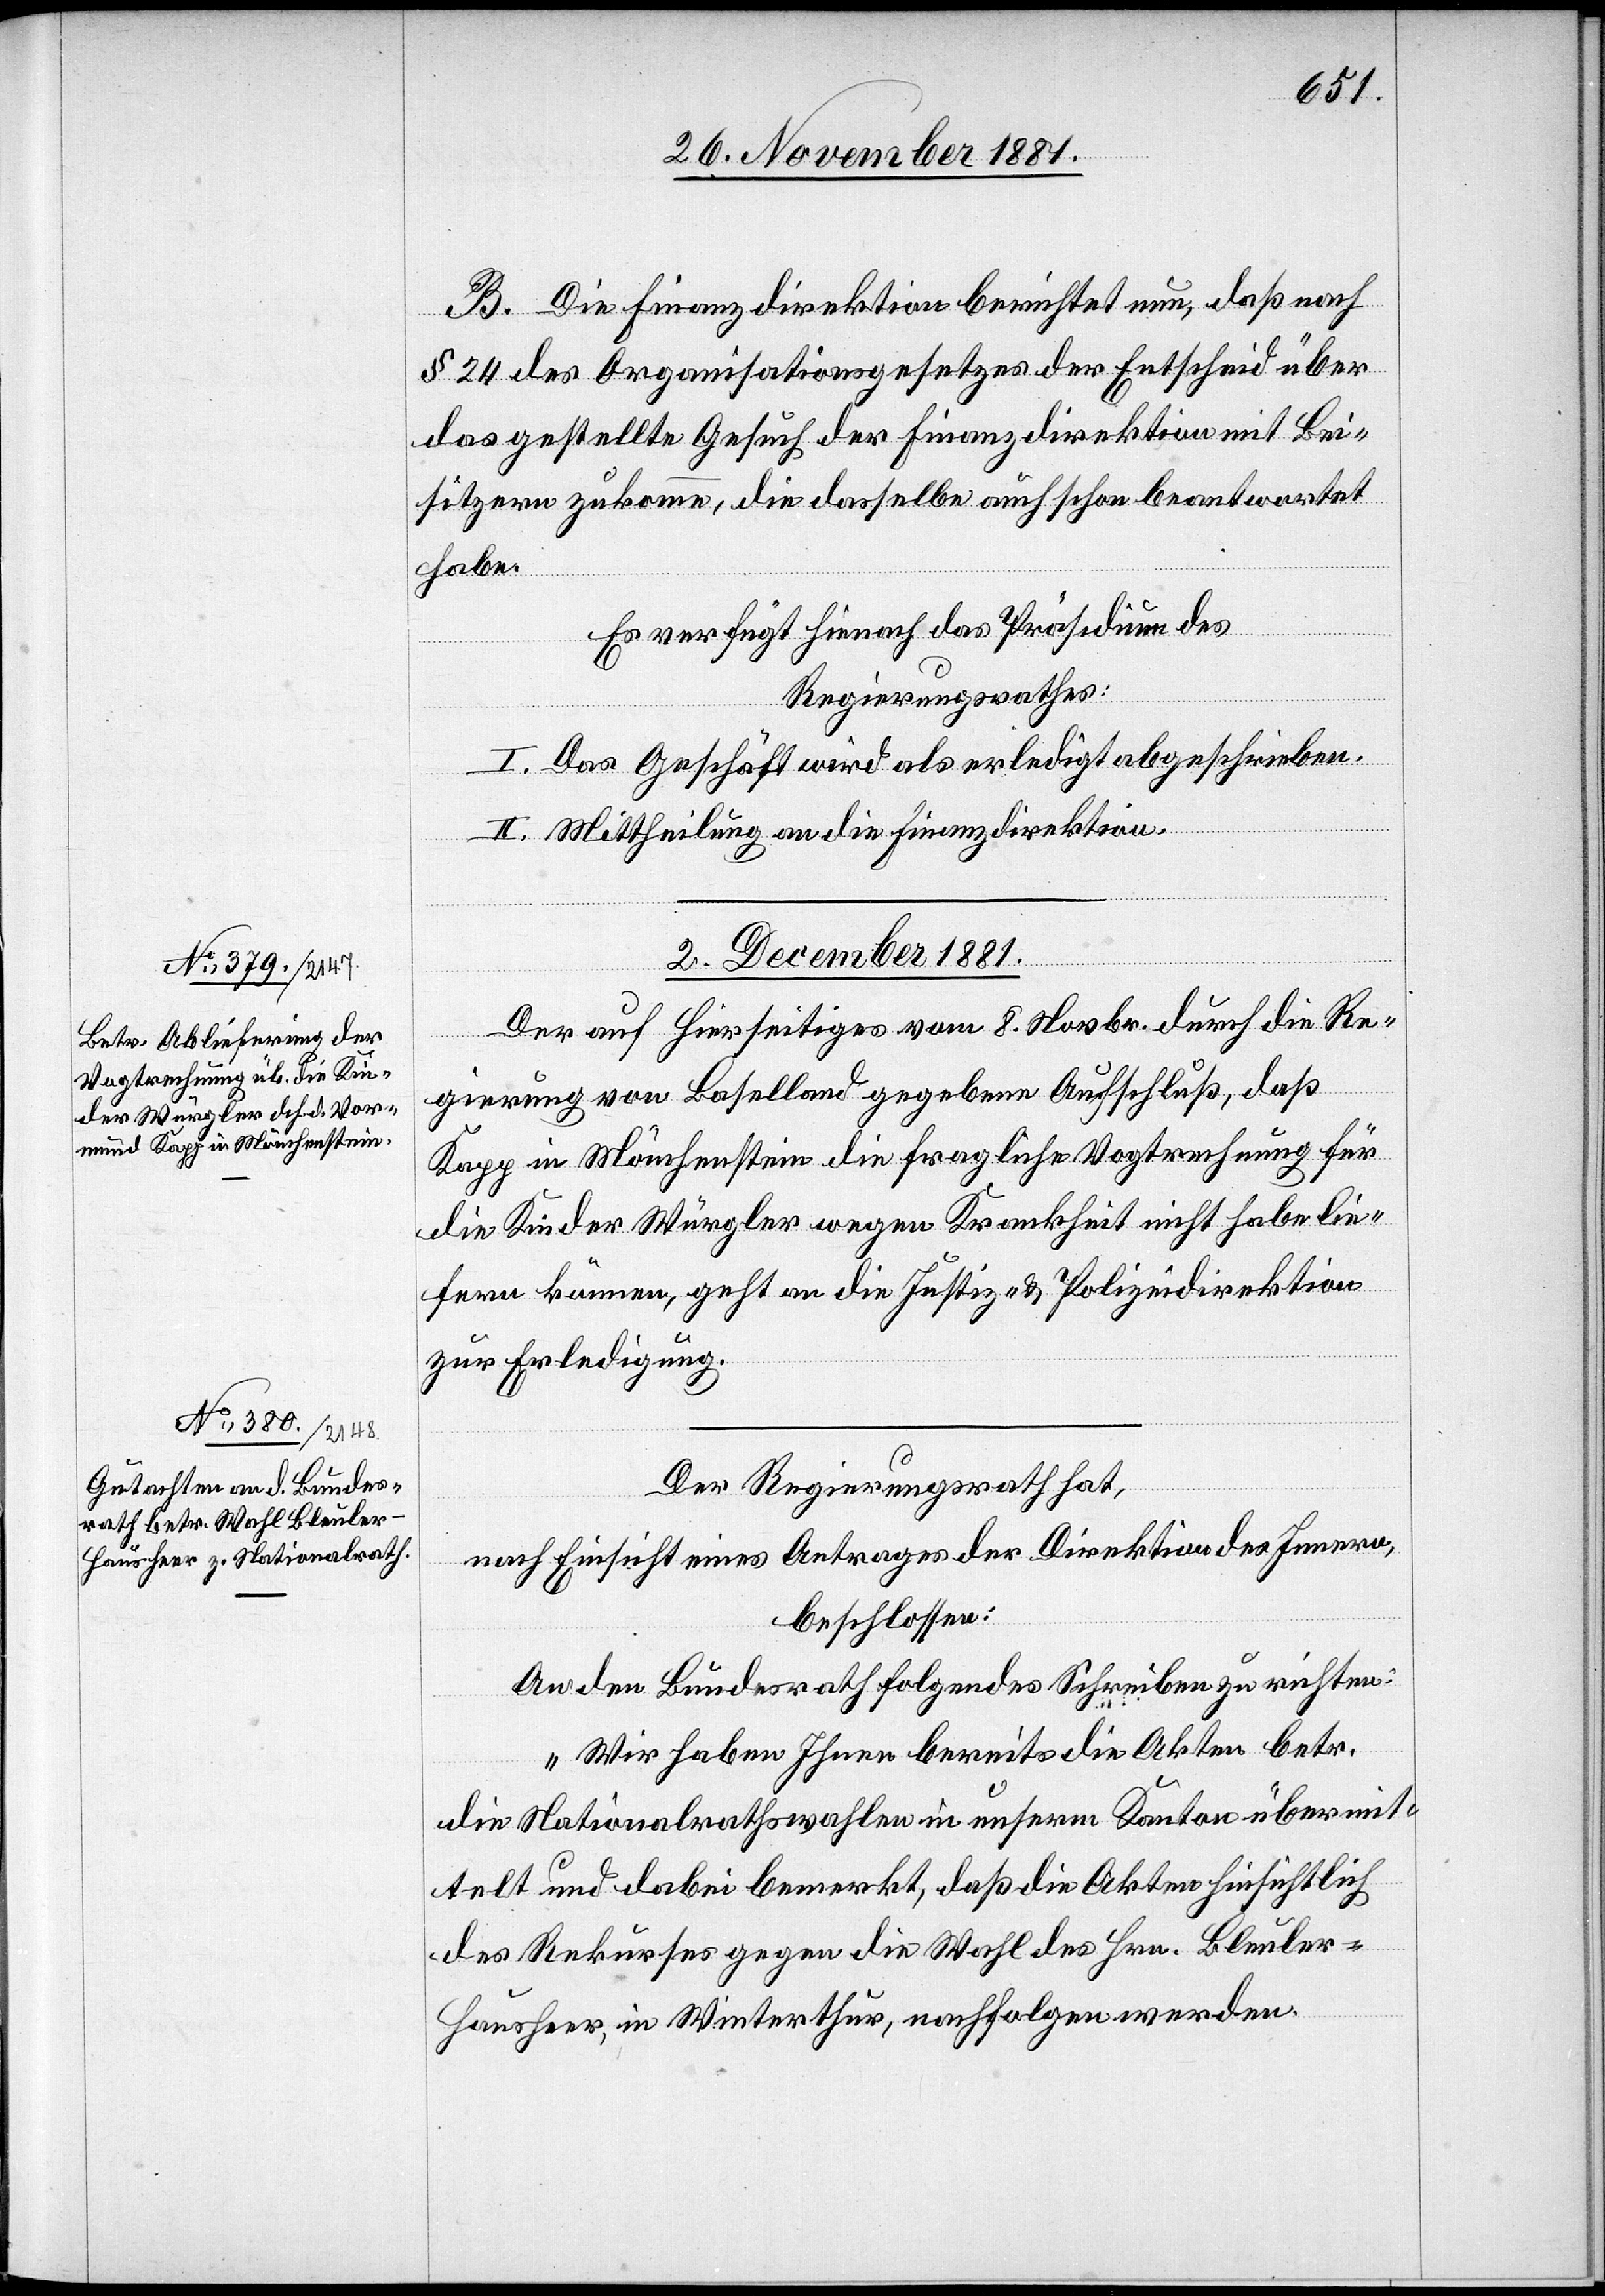
B. Die Finanzdirektion berichtet nun, daß nach
§ 24 des Organisationsgesetzes der Entscheid über
das gestellte Gesuch der Finanzdirektion mit Bei¬
sitzern zukomme, die dasselbe auch schon beantwortet
habe.
Es verfügt hienach das Präsidium des
Regierungsrathes:
I. Das Geschäft wird als erledigt abgeschrieben.
II. Mittheilung an die Finanzdirektion.
2. December 1881.
Der auf hierseitiges vom 8. Novbr. durch die Re¬
gierung von Baselland gegebene Aufschluß, daß
Kapp in Mönchenstein die fragliche Vogtrechnung für
die Kinder Würgler wegen Krankheit nicht habe lie¬
fern können, geht an die Justiz- & Polizeidirektion
zur Erledigung.